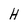
Character: H